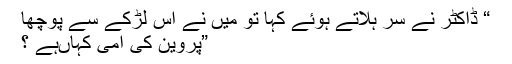
“ ڈاکٹر نے سر ہلاتے ہوئے کہا تو میں نے اس لڑکے سے پوچھا
”پروین کی امی کہاںہے ؟